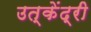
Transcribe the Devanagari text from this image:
उत्केंद्री